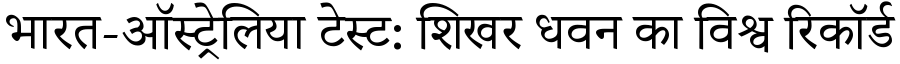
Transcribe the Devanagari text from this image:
भारत-ऑस्ट्रेलिया टेस्ट: शिखर धवन का विश्व रिकॉर्ड